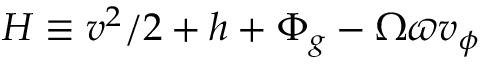
H \equiv { { v ^ { 2 } } / { 2 } } + h + \Phi _ { g } - \Omega \varpi v _ { \phi }